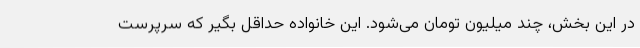
در این بخش، چند میلیون تومان می‌شود. این خانواده حداقل بگیر که سرپرست